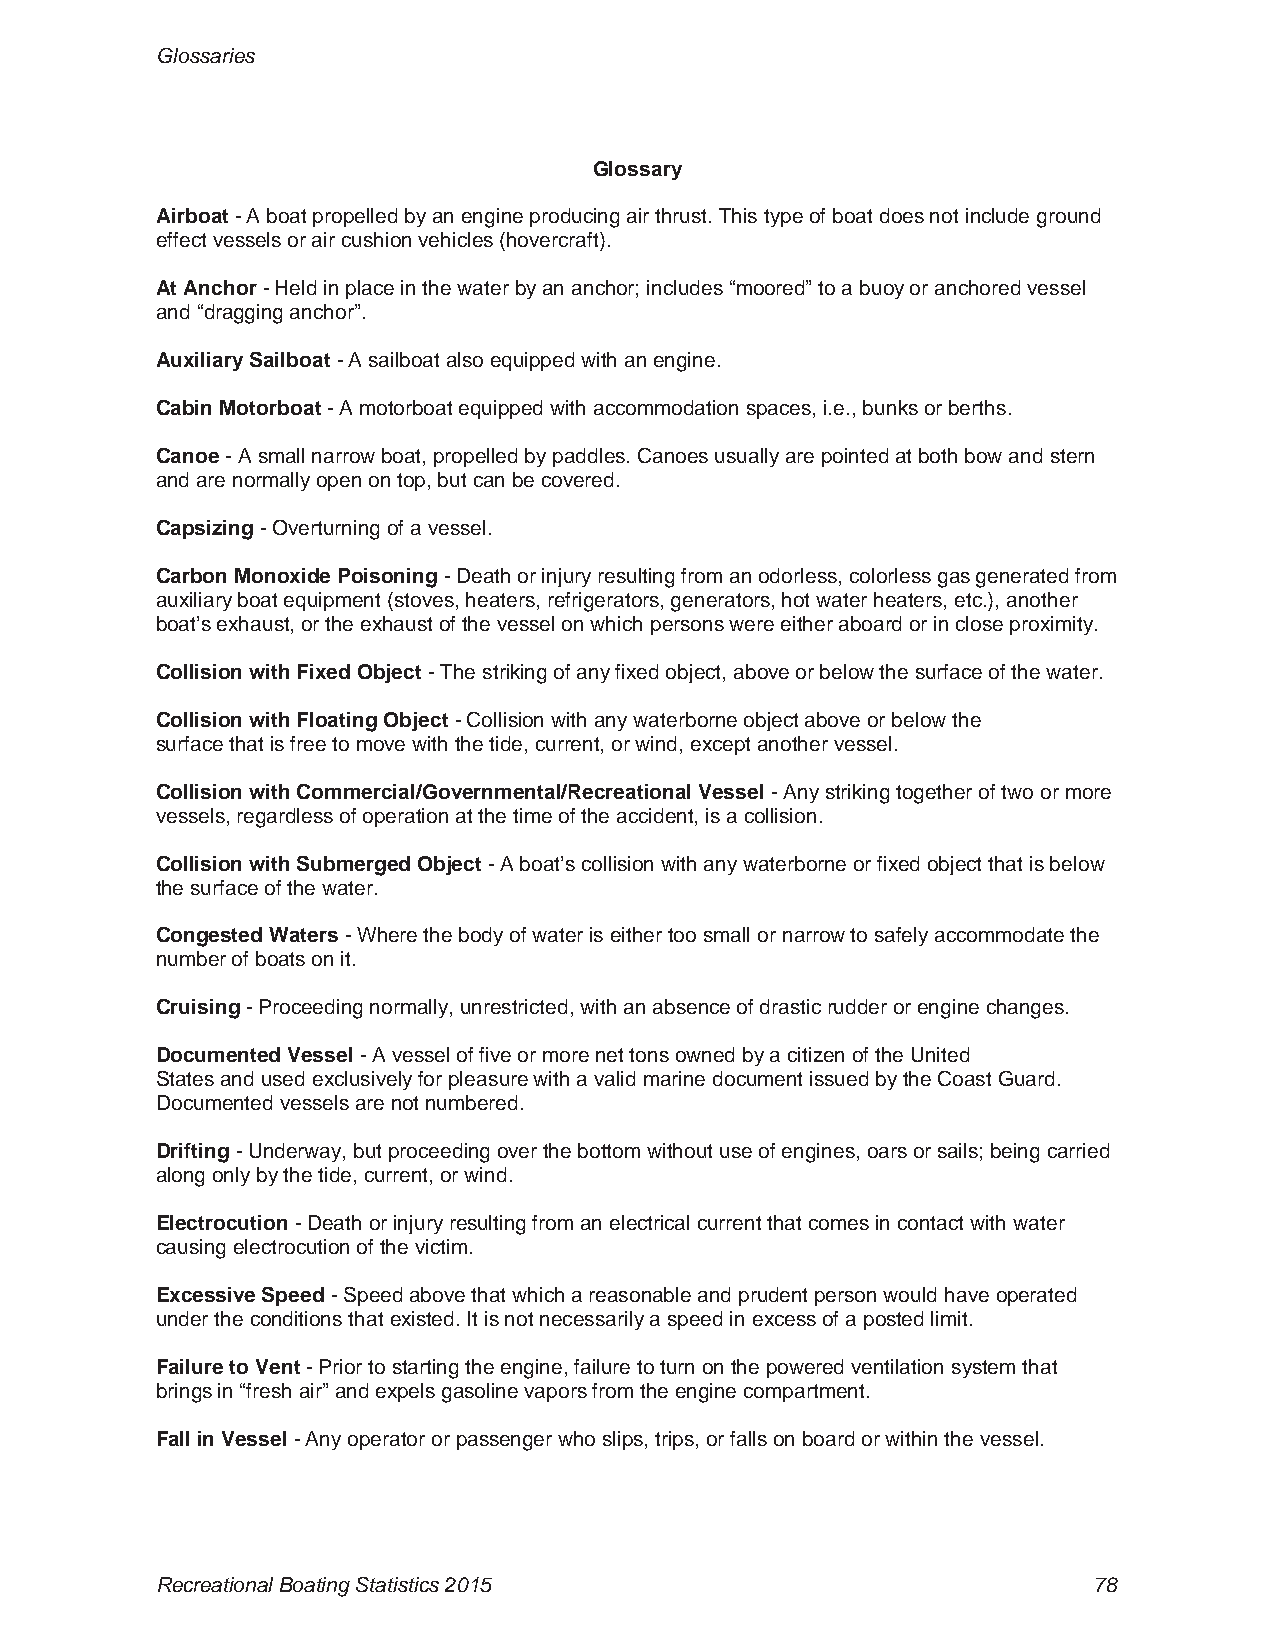
Glossaries
 Glossary
 Airboat - A boat propelled by an engine producing air thrust. This type of boat does not include ground
 effect vessels or air cushion vehicles (hovercraft).
 At Anchor - Held in place in the water by an anchor; includes “moored” to a buoy or anchored vessel
 and “dragging anchor”.
 Auxiliary Sailboat - A sailboat also equipped with an engine.
 Cabin Motorboat - A motorboat equipped with accommodation spaces, i.e., bunks or berths.
 Canoe - A small narrow boat, propelled by paddles. Canoes usually are pointed at both bow and stern
 and are normally open on top, but can be covered.
 Capsizing - Overturning of a vessel.
 Carbon Monoxide Poisoning - Death or injury resulting from an odorless, colorless gas generated from
 auxiliary boat equipment (stoves, heaters, refrigerators, generators, hot water heaters, etc.), another
 boat’s exhaust, or the exhaust of the vessel on which persons were either aboard or in close proximity.
 Collision with Fixed Object - The striking of any fixed object, above or below the surface of the water.
 Collision with Floating Object - Collision with any waterborne object above or below the
 surface that is free to move with the tide, current, or wind, except another vessel.
 Collision with Commercial/Governmental/Recreational Vessel - Any striking together of two or more
 vessels, regardless of operation at the time of the accident, is a collision.
 Collision with Submerged Object - A boat’s collision with any waterborne or fixed object that is below
 the surface of the water.
 Congested Waters - Where the body of water is either too small or narrow to safely accommodate the
 number of boats on it.
 Cruising - Proceeding normally, unrestricted, with an absence of drastic rudder or engine changes.
 Documented Vessel - A vessel of five or more net tons owned by a citizen of the United
 States and used exclusively for pleasure with a valid marine document issued by the Coast Guard.
 Documented vessels are not numbered.
 Drifting - Underway, but proceeding over the bottom without use of engines, oars or sails; being carried
 along only by the tide, current, or wind.
 Electrocution - Death or injury resulting from an electrical current that comes in contact with water
 causing electrocution of the victim.
 Excessive Speed - Speed above that which a reasonable and prudent person would have operated
 under the conditions that existed. It is not necessarily a speed in excess of a posted limit.
 Failure to Vent - Prior to starting the engine, failure to turn on the powered ventilation system that
 brings in “fresh air” and expels gasoline vapors from the engine compartment.
 Fall in Vessel - Any operator or passenger who slips, trips, or falls on board or within the vessel.
 Recreational Boating Statistics 2015                          78